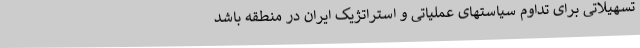
تسهیلاتی برای تداوم سیاستهای عملیاتی و استراتژیک ایران در منطقه باشد